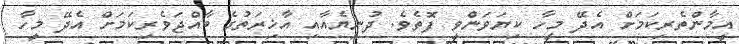
އީމާންތެރިކަމަށް އެދޭ މީހާ ކިޔަވަންވީ ފޮތެވެ. ދުނިޔެއާއި އާޚިރަތުގެ ބާއްޖަވެރިކަމަށް އެދޭ މީހާ